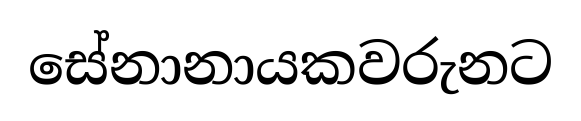
සේනානායකවරුනට